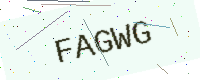
Text: FAGWG